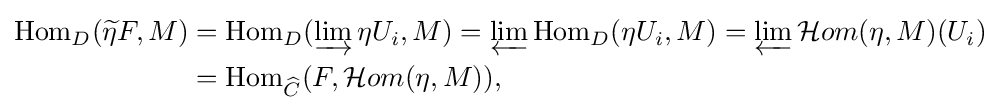
{\begin{aligned}\operatorname {Hom} _{D}({\widetilde {\eta }}F,M)&=\operatorname {Hom} _{D}(\varinjlim \eta U_{i},M)=\varprojlim \operatorname {Hom} _{D}(\eta U_{i},M)=\varprojlim {\mathcal {H}}om(\eta ,M)(U_{i})\\&=\operatorname {Hom} _{\widehat {C}}(F,{\mathcal {H}}om(\eta ,M)),\end{aligned}}